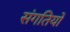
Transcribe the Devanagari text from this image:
संगतियों